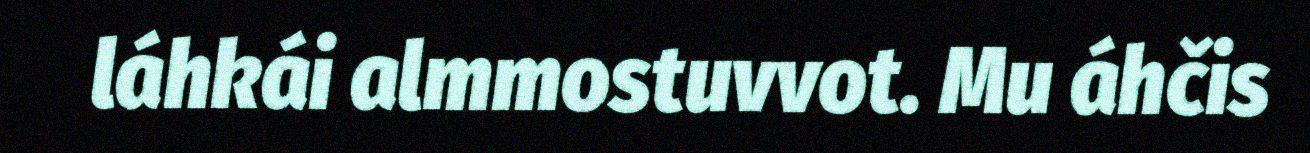
láhkái almmostuvvot. Mu áhčis